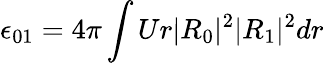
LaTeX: \epsilon_{01}=4\pi\int Ur|R_{0}|^{2}|R_{1}|^{2}dr